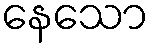
နေသော